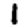
Digit: 1